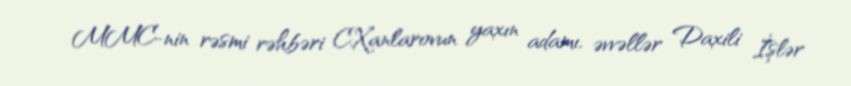
MMC-nin rəsmi rəhbəri C.Xanlarovun yaxın adamı, əvvəllər Daxili İşlər